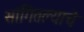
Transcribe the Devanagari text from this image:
सांगितल्याचे